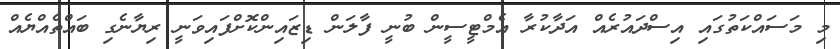
މި މަސައްކަތުގައި އިސްދައުރެއް އަދާކުރާ އެމްޓީސީން ބުނީ ފާލަން ޑިޒައިންކޮށްފައިވަނީ ރިޔާނެގި ބައްތެއްޔެއް